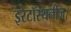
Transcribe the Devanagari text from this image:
इरेटॉस्थनीज।